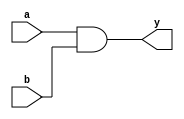
module simple_comb_logic (
    input wire a,        // First input signal
    input wire b,        // Second input signal
    output wire y        // Output signal
);

// Continuous assignment for an AND operation
assign y = a & b;      // Output y is the logical AND of inputs a and b

endmodule